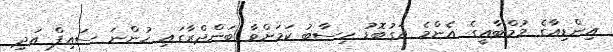
އިންޑިއާގެ މުމްބާއީގެ އެންމެ އަގުބޮޑު ހިސާބު ކަމަށްވާ ބަންދްރާގައި ހުންނަ ސައިފް އަދި